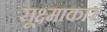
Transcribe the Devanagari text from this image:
सूक्ष्माकार